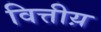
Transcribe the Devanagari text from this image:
वित्तीय़